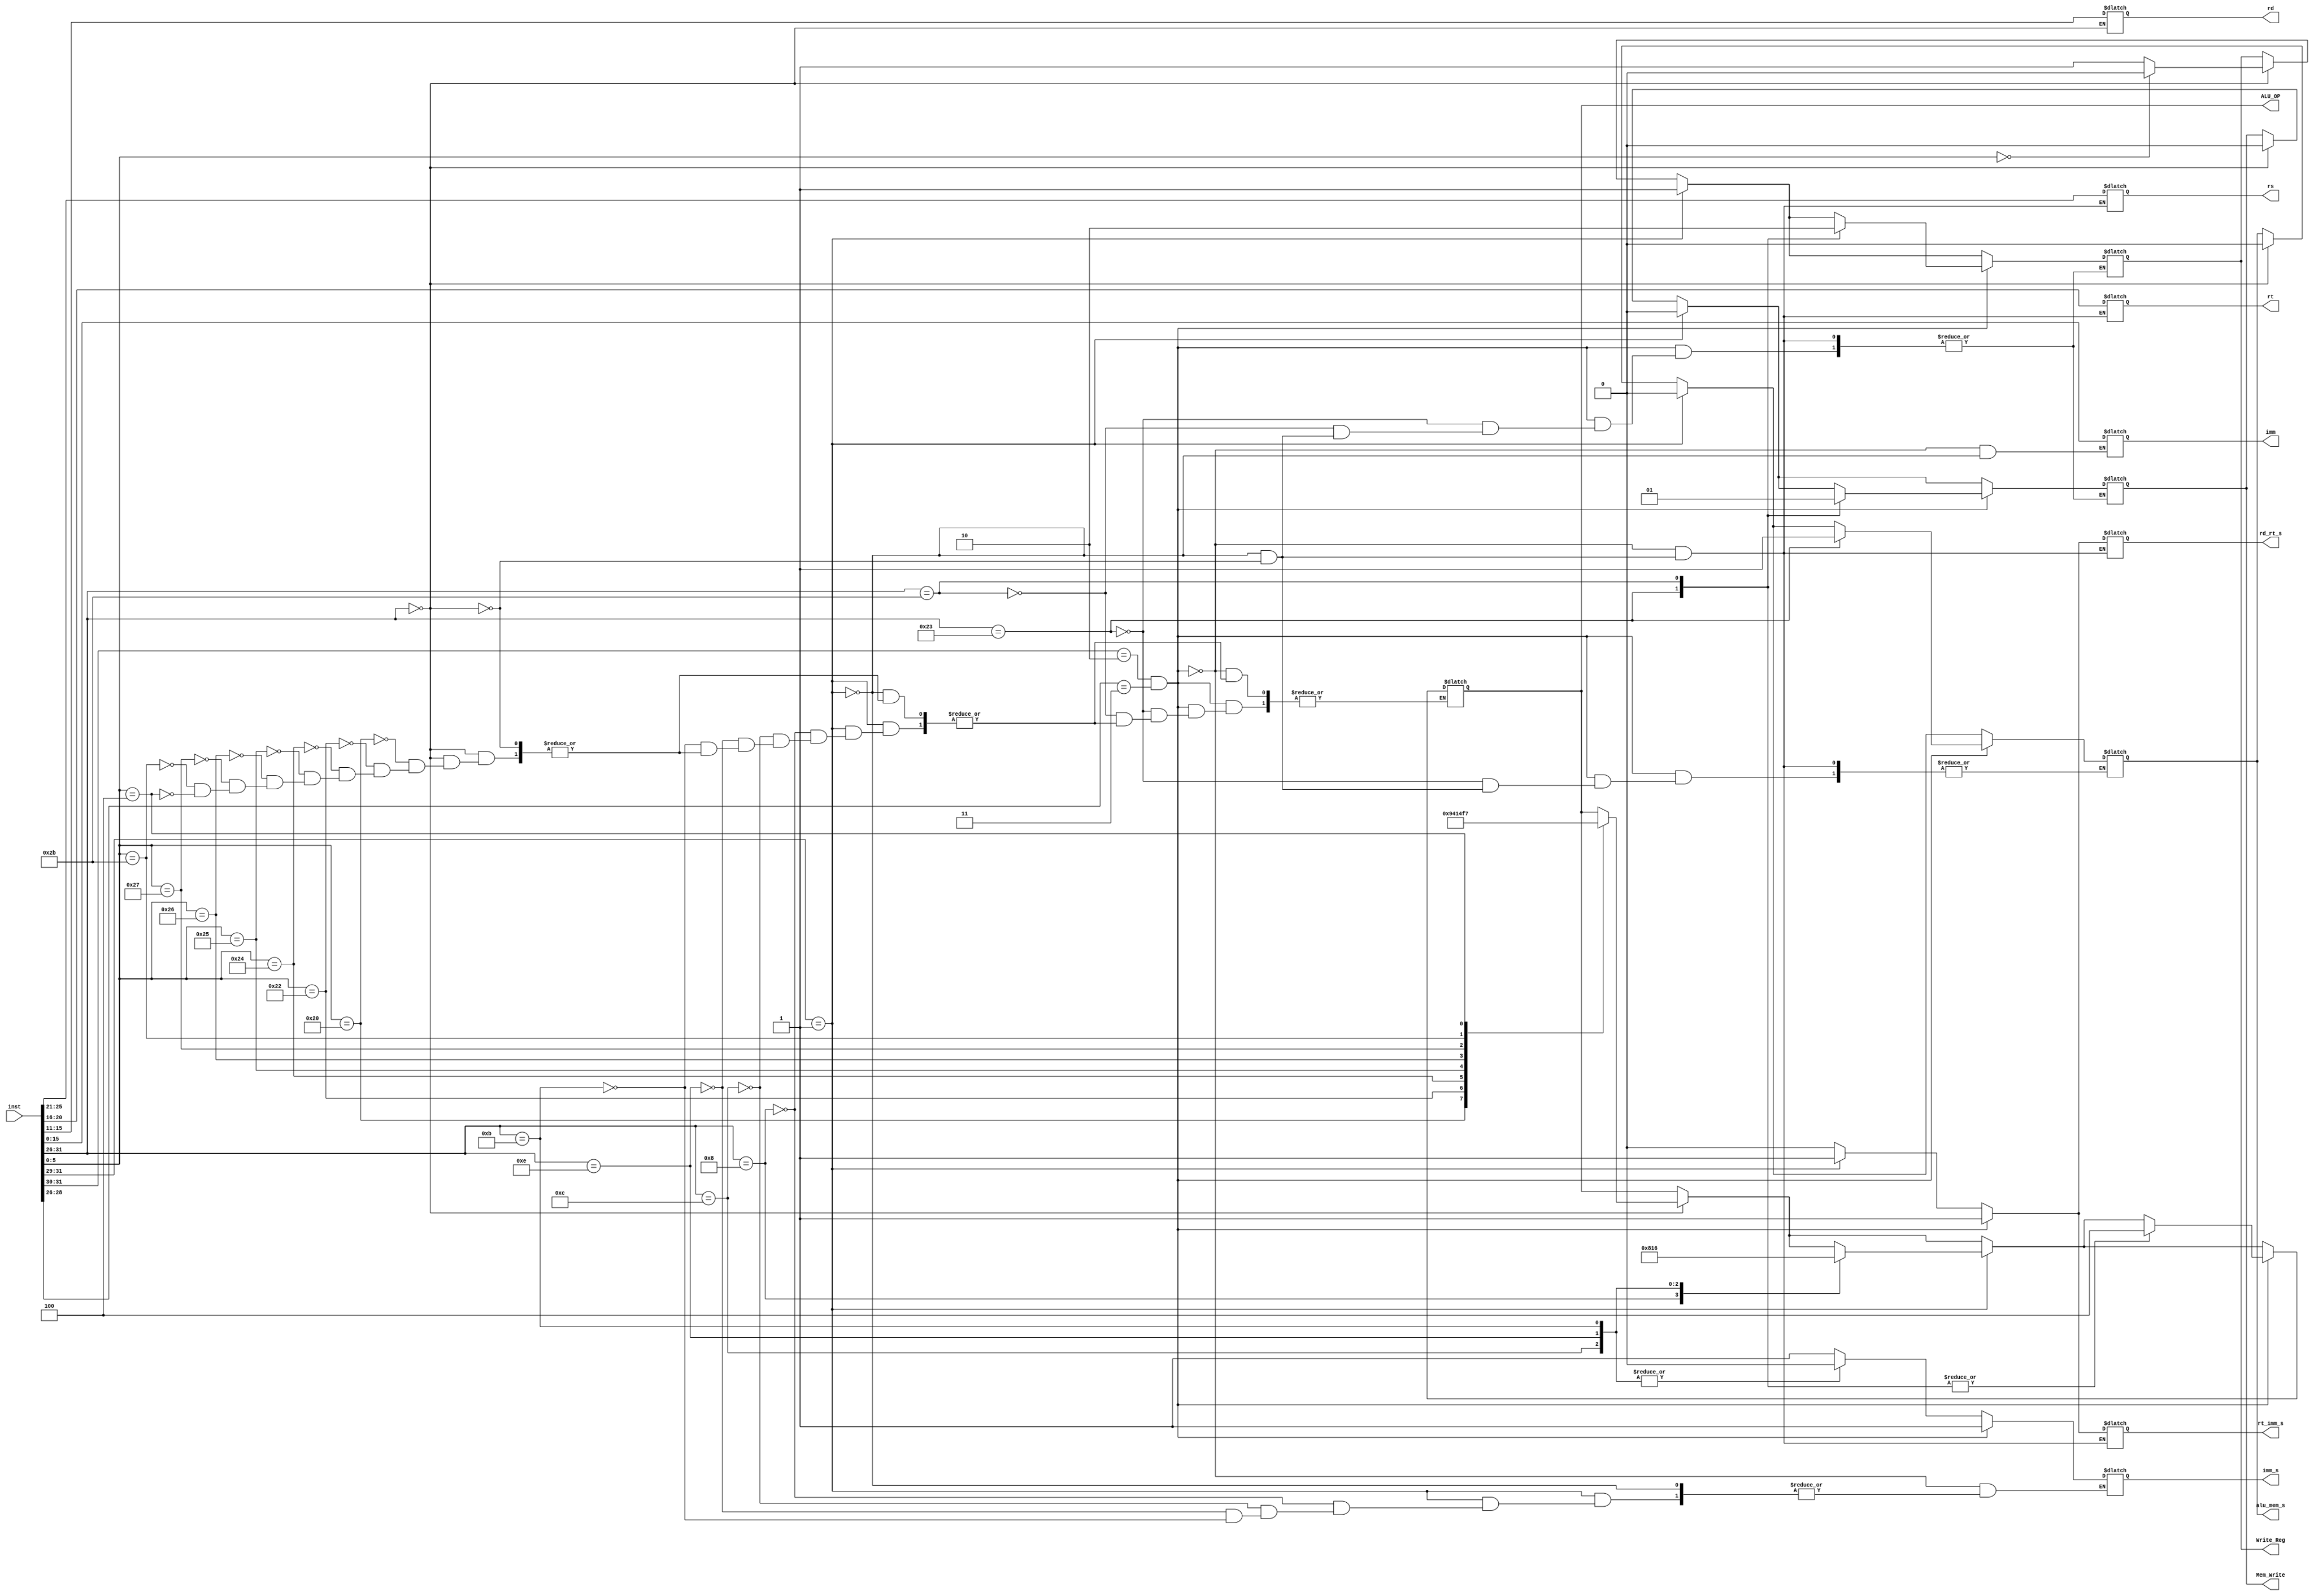
`timescale 1ns / 1ps
//////////////////////////////////////////////////////////////////////////////////
// Company: 
// Engineer: 
// 
// Design Name: 
// Module Name:    OP_YIMA 
// Project Name: 
// Target Devices: 
// Tool versions: 
// Description: 
//
// Dependencies: 
//
// Revision: 
// Revision 0.01 - File Created
// Additional Comments: 
//
//////////////////////////////////////////////////////////////////////////////////
module OP_YIMA(inst,ALU_OP,rs,rt,rd,Write_Reg,
imm,rd_rt_s,imm_s,rt_imm_s,Mem_Write,alu_mem_s);
input [31:0]inst;
output reg[2:0]ALU_OP;
output reg[4:0]rs;
output reg[4:0]rt;
output reg[4:0]rd;
output reg Write_Reg;
output reg[15:0]imm;
output reg rd_rt_s;
output reg imm_s;
output reg rt_imm_s;
output reg Mem_Write;
output reg alu_mem_s;
always@(*)
begin
//R
if(inst[31:26]==6'b000000)
begin
 rd=inst[15:11];
 rt=inst[20:16];
 rs=inst[25:21];
 alu_mem_s=0;
 Mem_Write=0;
 rd_rt_s=0;
 rt_imm_s=0;
 Write_Reg=(inst[5:0]==0)?1'b0:1'b1;
case(inst[5:0])
6'b100000:ALU_OP=3'b100;
6'b100010:ALU_OP=3'b101;
6'b100100:ALU_OP=3'b000;
6'b100101:ALU_OP=3'b001;
6'b100110:ALU_OP=3'b010;
6'b100111:ALU_OP=3'b011;
6'b101011:ALU_OP=3'b110;
6'b000100:ALU_OP=3'b111;
endcase
end
//I
if(inst[31:29]==3'b001)
begin
imm=inst[15:0];
rt=inst[20:16];
rs=inst[25:21];
Mem_Write=0;
rd_rt_s=1;
rt_imm_s=1;
alu_mem_s=0;
Write_Reg=1;
case(inst[31:26])
6'b001000:begin imm_s=1;ALU_OP=3'b100;end
6'b001100:begin imm_s=0;ALU_OP=3'b000;end
6'b001110:begin imm_s=0;ALU_OP=3'b010;end
6'b001011:begin imm_s=0;ALU_OP=3'b110;end
endcase
end
//I/
if((inst[31:30]==2'b10)&&(inst[28:26]==3'b011))
begin
imm=inst[15:0];
rt=inst[20:16];
rs=inst[25:21];
rd_rt_s=1;
rt_imm_s=1;
imm_s=1;
case(inst[31:26])
6'b100011:begin alu_mem_s=1;Mem_Write=0;Write_Reg=1;ALU_OP=3'b100;end//
6'b101011:begin Mem_Write=1; Write_Reg=0;ALU_OP=3'b100;end//
endcase
end
end
endmodule